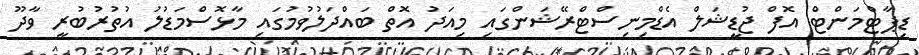
ޑިޕާޓްމަންޓް އޮފް ޖުޑީޝަލް އެޑްމިނިސްޓްރޭޝަންގައި މިއަދު އޮތް ބައްދަލުވުމުގައި މާޅޮސްމަޑުލު އުތުރުބުރީ ވާދޫ